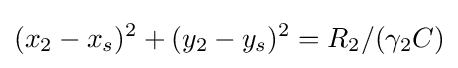
(x_{2}-x_{s})^{2}+(y_{2}-y_{s})^{2}=R_{2}/(\gamma _{2}C)